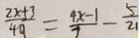
\frac { 2 x + 3 } { 4 9 } = \frac { 4 x - 1 } { 7 } - \frac { 5 } { 2 1 }